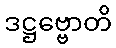
ဒဋ္ဌဗ္ဗောတိ